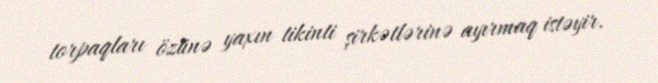
torpaqları özünə yaxın tikinti şirkətlərinə ayırmaq istəyir.